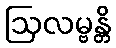
ဩလမ္ဗန္တိ